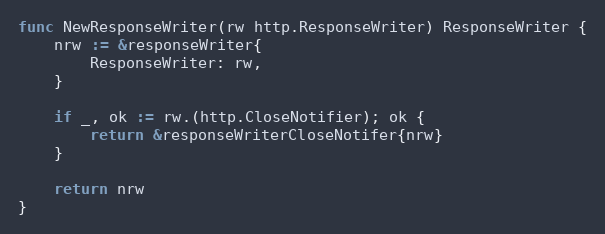
Language: Go
func NewResponseWriter(rw http.ResponseWriter) ResponseWriter {
	nrw := &responseWriter{
		ResponseWriter: rw,
	}

	if _, ok := rw.(http.CloseNotifier); ok {
		return &responseWriterCloseNotifer{nrw}
	}

	return nrw
}